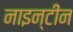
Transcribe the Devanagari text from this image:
नाइन्टीन